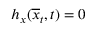
h _ { x } ( \overline { { x } } _ { t } , t ) = 0